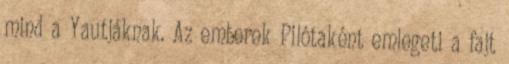
mind a Yautjáknak. Az emberek Pilótaként emlegeti a fajt